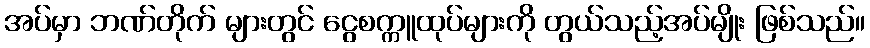
အပ်မှာ ဘဏ်တိုက် များတွင် ငွေစက္ကူထုပ်များကို တွယ်သည့်အပ်မျိုး ဖြစ်သည်။